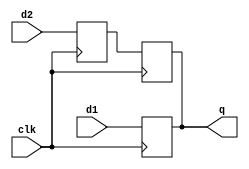
/*

Copyright (c) 2016-2018 Alex Forencich

Permission is hereby granted, free of charge, to any person obtaining a copy
of this software and associated documentation files (the "Software"), to deal
in the Software without restriction, including without limitation the rights
to use, copy, modify, merge, publish, distribute, sublicense, and/or sell
copies of the Software, and to permit persons to whom the Software is
furnished to do so, subject to the following conditions:

The above copyright notice and this permission notice shall be included in
all copies or substantial portions of the Software.

THE SOFTWARE IS PROVIDED "AS IS", WITHOUT WARRANTY OF ANY KIND, EXPRESS OR
IMPLIED, INCLUDING BUT NOT LIMITED TO THE WARRANTIES OF MERCHANTABILITY
FITNESS FOR A PARTICULAR PURPOSE AND NONINFRINGEMENT. IN NO EVENT SHALL THE
AUTHORS OR COPYRIGHT HOLDERS BE LIABLE FOR ANY CLAIM, DAMAGES OR OTHER
LIABILITY, WHETHER IN AN ACTION OF CONTRACT, TORT OR OTHERWISE, ARISING FROM,
OUT OF OR IN CONNECTION WITH THE SOFTWARE OR THE USE OR OTHER DEALINGS IN
THE SOFTWARE.

*/

// Language: Verilog 2001

`timescale 1ns / 1ps

/*
 * Generic ODDR module
 */
module oddr #
(
    // target ("SIM", "GENERIC", "XILINX", "ALTERA")
    parameter TARGET = "GENERIC",
    // IODDR style ("IODDR", "IODDR2")
    // Use IODDR for Virtex-4, Virtex-5, Virtex-6, 7 Series, Ultrascale
    // Use IODDR2 for Spartan-6
    parameter IODDR_STYLE = "IODDR2",
    // Width of register in bits
    parameter WIDTH = 1
)
(
    input  wire             clk,

    input  wire [WIDTH-1:0] d1,
    input  wire [WIDTH-1:0] d2,

    output wire [WIDTH-1:0] q
);

/*

Provides a consistent output DDR flip flop across multiple FPGA families
              _____       _____       _____       _____
    clk  ____/     \_____/     \_____/     \_____/     \_____
         _ ___________ ___________ ___________ ___________ __
    d1   _X____D0_____X____D2_____X____D4_____X____D6_____X__
         _ ___________ ___________ ___________ ___________ __
    d2   _X____D1_____X____D3_____X____D5_____X____D7_____X__
         _____ _____ _____ _____ _____ _____ _____ _____ ____
    d    _____X_D0__X_D1__X_D2__X_D3__X_D4__X_D5__X_D6__X_D7_

*/

genvar n;

generate

if (TARGET == "XILINX") begin
    for (n = 0; n < WIDTH; n = n + 1) begin : oddr
        if (IODDR_STYLE == "IODDR") begin
            ODDR #(
                .DDR_CLK_EDGE("SAME_EDGE"),
                .SRTYPE("ASYNC")
            )
            oddr_inst (
                .Q(q[n]),
                .C(clk),
                .CE(1'b1),
                .D1(d1[n]),
                .D2(d2[n]),
                .R(1'b0),
                .S(1'b0)
            );
        end else if (IODDR_STYLE == "IODDR2") begin
            ODDR2 #(
                .DDR_ALIGNMENT("C0"),
                .SRTYPE("ASYNC")
            )
            oddr_inst (
                .Q(q[n]),
                .C0(clk),
                .C1(~clk),
                .CE(1'b1),
                .D0(d1[n]),
                .D1(d2[n]),
                .R(1'b0),
                .S(1'b0)
            );
        end
    end
end else if (TARGET == "ALTERA") begin
    altddio_out #(
        .WIDTH(WIDTH),
        .POWER_UP_HIGH("OFF"),
        .OE_REG("UNUSED")
    )
    altddio_out_inst (
        .aset(1'b0),
        .datain_h(d1),
        .datain_l(d2),
        .outclocken(1'b1),
        .outclock(clk),
        .aclr(1'b0),
        .dataout(q)
    );
end else begin
    reg [WIDTH-1:0] d_reg_1 = {WIDTH{1'b0}};
    reg [WIDTH-1:0] d_reg_2 = {WIDTH{1'b0}};

    reg [WIDTH-1:0] q_reg = {WIDTH{1'b0}};

    always @(posedge clk) begin
        d_reg_1 <= d1;
        d_reg_2 <= d2;
    end

    always @(posedge clk) begin
        q_reg <= d1;
    end

    always @(negedge clk) begin
        q_reg <= d_reg_2;
    end

    assign q = q_reg;
end

endgenerate

endmodule